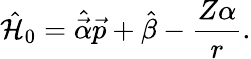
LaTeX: \hat{\mathcal{H}}_{0}=\hat{\vec{\alpha}}\vec{p}+\hat{\beta}-\frac{Z\alpha}{r}.